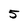
Character: 5